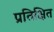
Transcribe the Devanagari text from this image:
प्रतिक्षित